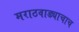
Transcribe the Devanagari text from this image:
मराठवाड्याचाच